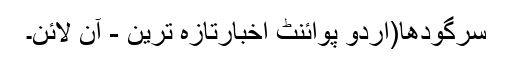
سرگودھا(اُردو پوائنٹ اخبارتازہ ترین - آن لائن۔